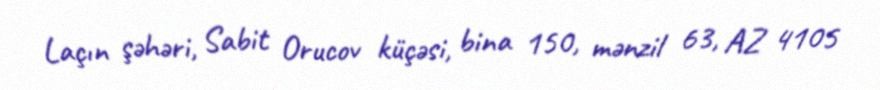
Laçın şəhəri, Sabit Orucov küçəsi, bina 150, mənzil 63, AZ 4105